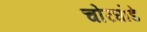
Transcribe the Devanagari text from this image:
चोरघोडे